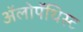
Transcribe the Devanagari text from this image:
अॅलोपॅथिस्ट